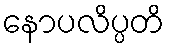
နောပလိပ္ပတိ